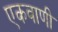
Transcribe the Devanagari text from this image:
एकवाणी